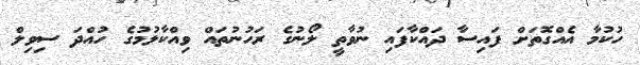
ހުކުމާ އެއްގޮތަށް ފައިސާ ދައްކާފައި ނުވާތީ ލޯނުގެ ރަހުނުތައް ވިއްކާލުމުގެ ހުއްދަ ސިވިލް